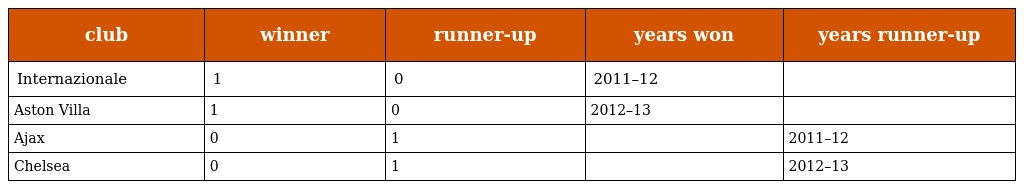
| club | winner | runner-up | years won | years runner-up |
 | --- | --- | --- | --- | --- |
 | Internazionale | 1 | 0 | 2011–12 |  |
 | Aston Villa | 1 | 0 | 2012–13 |  |
 | Ajax | 0 | 1 |  | 2011–12 |
 | Chelsea | 0 | 1 |  | 2012–13 |